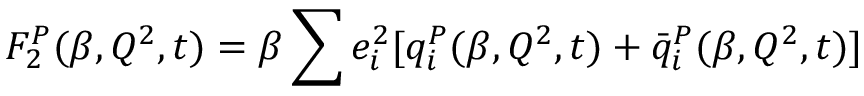
F _ { 2 } ^ { P } ( \beta , Q ^ { 2 } , t ) = \beta \sum e _ { i } ^ { 2 } [ q _ { i } ^ { P } ( \beta , Q ^ { 2 } , t ) + \bar { q } _ { i } ^ { P } ( \beta , Q ^ { 2 } , t ) ]